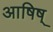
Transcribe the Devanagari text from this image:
आषिष्